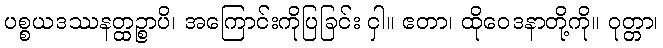
ပစ္စယဒဿနတ္ထဉ္စာပိ၊ အကြောင်းကိုပြခြင်း ငှါ။ ဧတာ၊ ထိုဝေဒနာတို့ကို။ ဝုတ္တာ၊